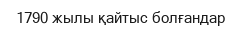
1790 жылы қайтыс болғандар